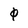
Character: 0